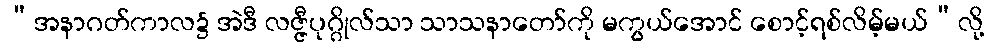
“အနာဂတ်ကာလ၌ အဲဒီ လဇ္ဇီပုဂ္ဂိုလ်သာ သာသနာတော်ကို မကွယ်အောင် စောင့်ရစ်လိမ့်မယ်”လို့